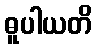
ဓူပါယတိ